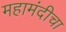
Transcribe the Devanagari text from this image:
महामंदीचा